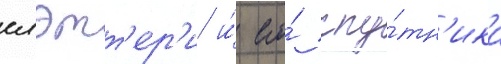
слэтт'ер'и и́ его́ спу́тн'ика